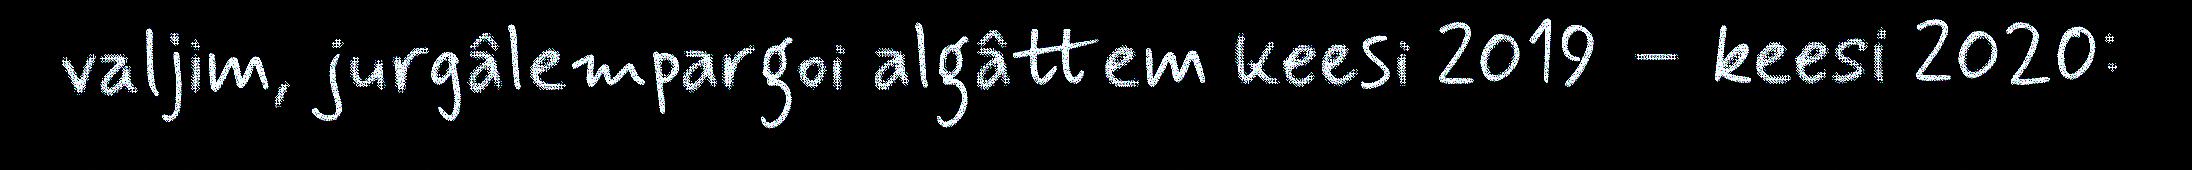
valjim, jurgâlempargoi algâttem keesi 2019 – keesi 2020: